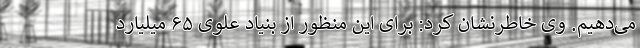
می‌دهیم. وی خاطرنشان کرد: برای این منظور از بنیاد علوی ۶۵ میلیارد